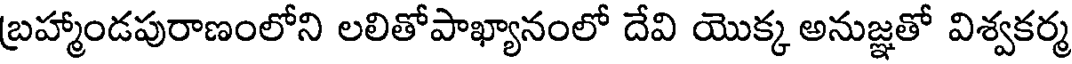
బ్రహ్మాండపురాణంలోని లలితోపాఖ్యానంలో దేవి యొక్క అనుజ్ఞతో విశ్వకర్మ